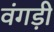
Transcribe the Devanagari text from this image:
वंगड़ी